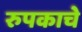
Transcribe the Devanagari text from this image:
रुपकाचे